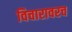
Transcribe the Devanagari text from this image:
विचारावरच